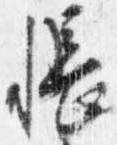
帳